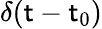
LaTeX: \delta(\mathsf{t}-\mathsf{t}_{0})